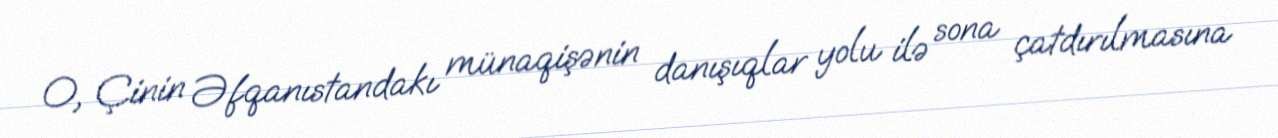
O, Çinin Əfqanıstandakı münaqişənin danışıqlar yolu ilə sona çatdırılmasına